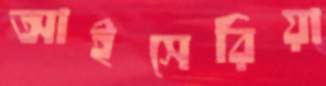
আইসেরিয়া